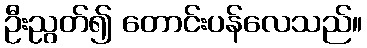
ဦးညွတ်၍ တောင်းပန်လေသည်။